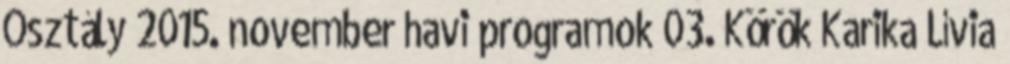
Osztály 2015. november havi programok 03. Körök Karika Lívia